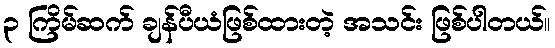
၃ ကြိမ်ဆက် ချန်ပီယံဖြစ်ထားတဲ့ အသင်း ဖြစ်ပါတယ်။